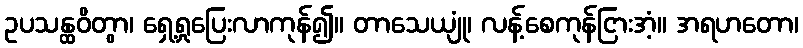
ဥပသန္ထဝိတွာ၊ ရှေ့ရှုပြေးလာကုန်၍။ တာသေယျုံ၊ လန့်စေကုန်ငြားအံ့။ အရဟတော၊